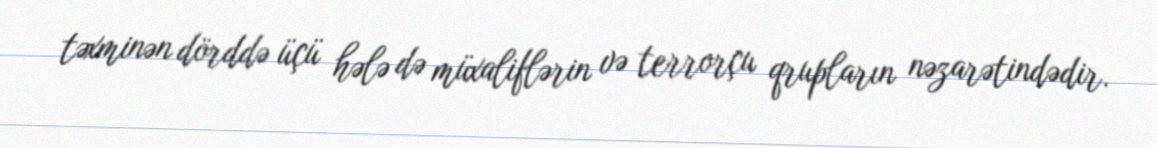
təxminən dörddə üçü hələ də müxaliflərin və terrorçu qrupların nəzarətindədir.